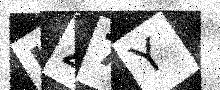
Text: IZ7Y